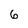
Character: 6